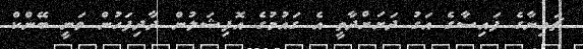
ޗައިނާގެ ފައިސާގެ އަގު ދަށަށްދާތީ އެ ގައުމުގެ އޮފިޝަލުން ދާދިފަހުން ވަނީ ބޭންކް